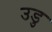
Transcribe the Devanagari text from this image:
उडु